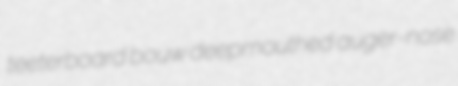
teeterboard bouw deepmouthed auger-nose